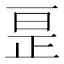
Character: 𫠱